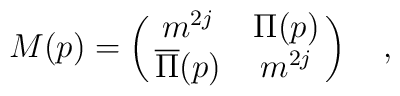
M(p) = \pmatrix{m^{2j} & \Pi (p)\cr\overline \Pi (p) & m^{2j}\cr}\quad,